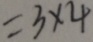
= 3 \times 4